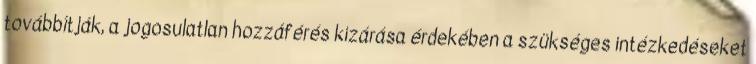
továbbítják, a jogosulatlan hozzáférés kizárása érdekében a szükséges intézkedéseket